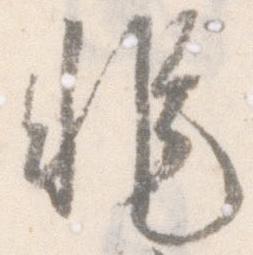
非